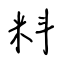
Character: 料